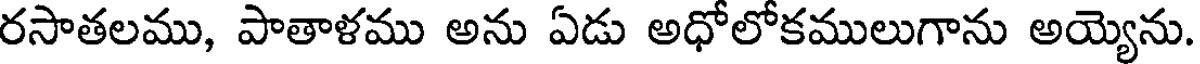
రసాతలము, పాతాళము అను ఏడు అధోలోకములుగాను అయ్యెను.